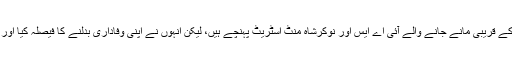
ماضی میں بھی مرکز کے قریبی مانے جانے والے آئی اے ایس اور نوکرشاہ منٹ اسٹریٹ پہنچے ہیں، لیکن انہوں نے اپنی وفاداری بدلنے کا فیصلہ کیا اور اپنی آواز کو آزاد رکھا۔